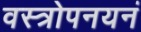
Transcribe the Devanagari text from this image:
वस्त्रोपनयनं